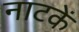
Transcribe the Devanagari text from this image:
नाटकें